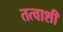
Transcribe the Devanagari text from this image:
तत्वाशी